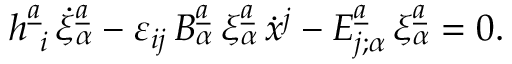
h _ { \ i } ^ { \underline { { { a } } } } \, \dot { \xi } _ { \alpha } ^ { \underline { { { a } } } } - \varepsilon _ { i j } \, B _ { \alpha } ^ { \underline { { { a } } } } \, \xi _ { \alpha } ^ { \underline { { { a } } } } \, \dot { x } ^ { j } - { \cal E } _ { j ; \alpha } ^ { \underline { { { a } } } } \, \xi _ { \alpha } ^ { \underline { { { a } } } } = 0 .